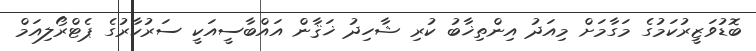
ބޮޑުވަޒީރުކަމުގެ މަގާމަށް މިއަދު އިންތިޚާބު ކުރި ޝާހިދު ޚަޤާން އައްބާސީއަކީ ސަރުކާރުގެ ޕެޓްރޯލިއަމް